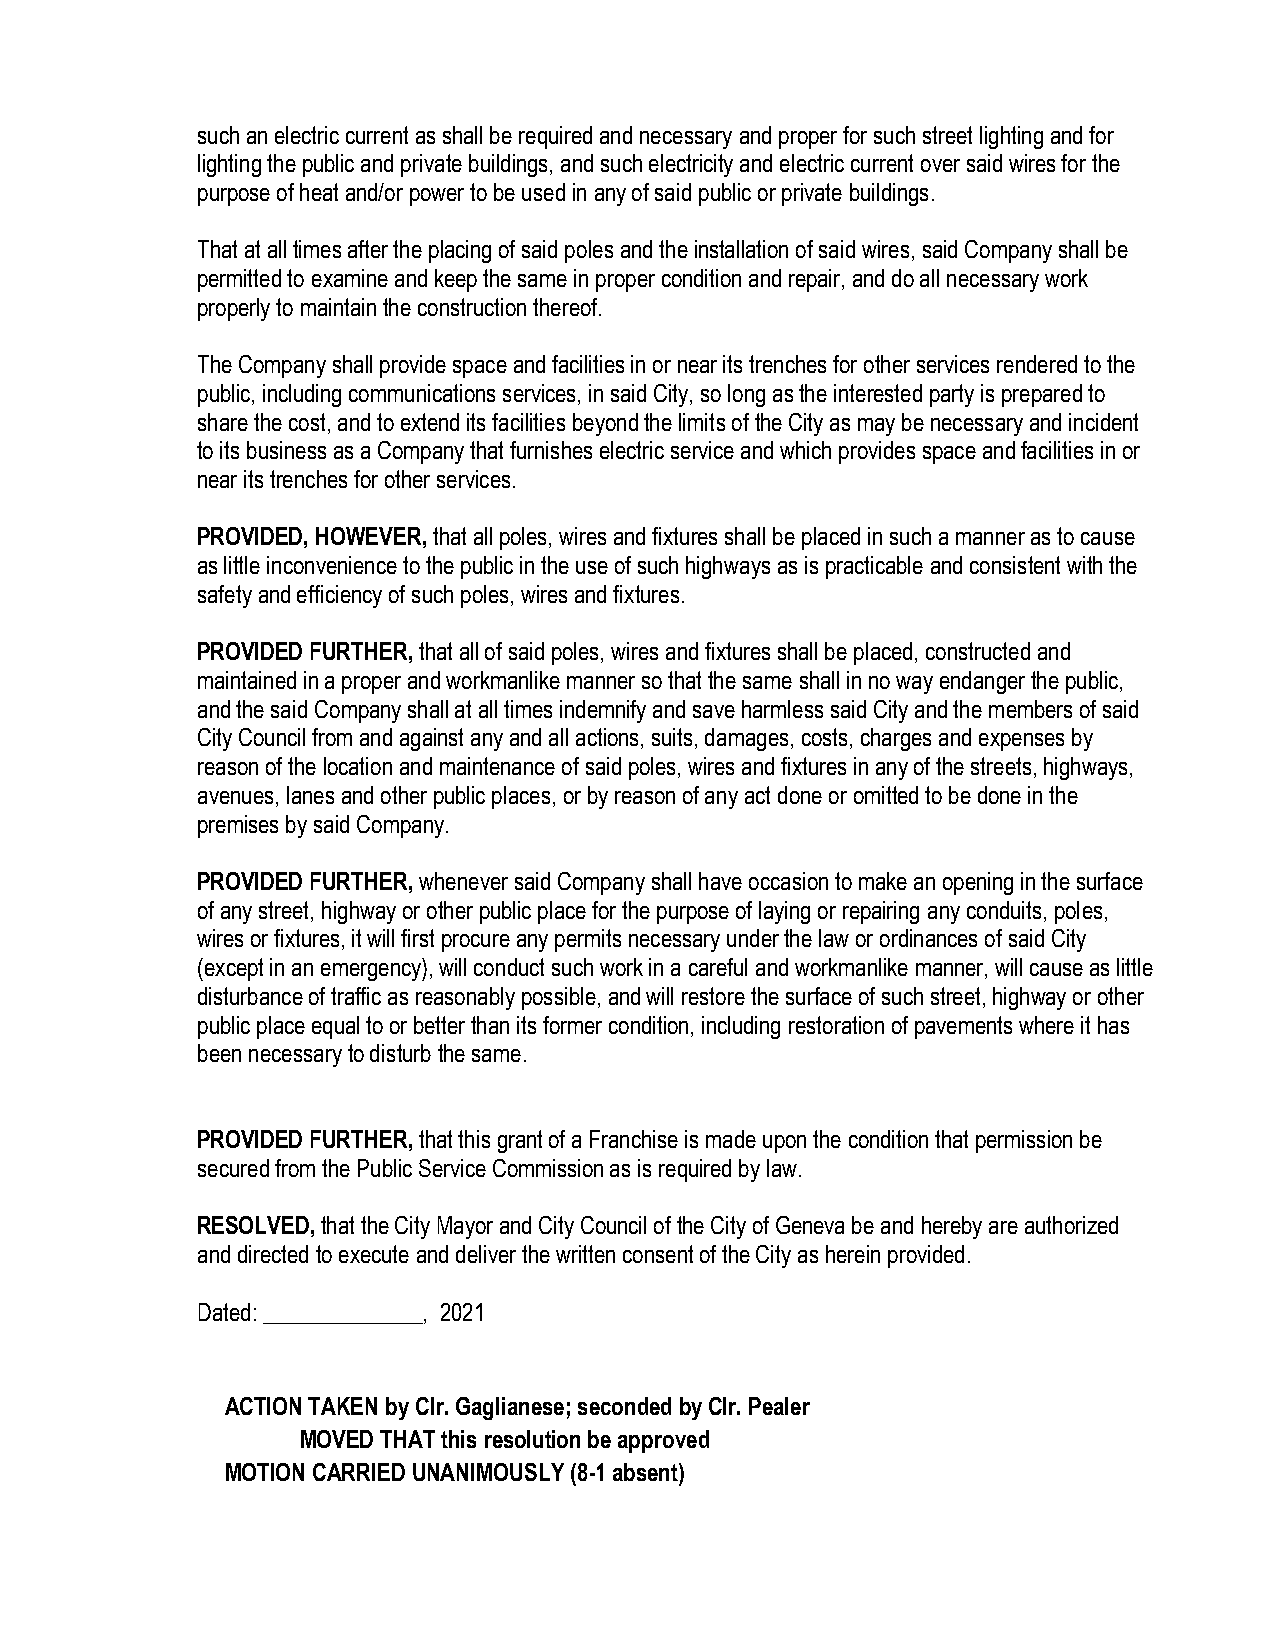
such an electric current as shall be required and necessary and proper for such street lighting and for
 lighting the public and private buildings, and such electricity and electric current over said wires for the
 purpose of heat and/or power to be used in any of said public or private buildings.
 That at all times after the placing of said poles and the installation of said wires, said Company shall be
 permitted to examine and keep the same in proper condition and repair, and do all necessary work
 properly to maintain the construction thereof.
 The Company shall provide space and facilities in or near its trenches for other services rendered to the
 public, including communications services, in said City, so long as the interested party is prepared to
 share the cost, and to extend its facilities beyond the limits of the City as may be necessary and incident
 to its business as a Company that furnishes electric service and which provides space and facilities in or
 near its trenches for other services.
 PROVIDED, HOWEVER, that all poles, wires and fixtures shall be placed in such a manner as to cause
 as little inconvenience to the public in the use of such highways as is practicable and consistent with the
 safety and efficiency of such poles, wires and fixtures.
 PROVIDED FURTHER, that all of said poles, wires and fixtures shall be placed, constructed and
 maintained in a proper and workmanlike manner so that the same shall in no way endanger the public,
 and the said Company shall at all times indemnify and save harmless said City and the members of said
 City Council from and against any and all actions, suits, damages, costs, charges and expenses by
 reason of the location and maintenance of said poles, wires and fixtures in any of the streets, highways,
 avenues, lanes and other public places, or by reason of any act done or omitted to be done in the
 premises by said Company.
 PROVIDED FURTHER, whenever said Company shall have occasion to make an opening in the surface
 of any street, highway or other public place for the purpose of laying or repairing any conduits, poles,
 wires or fixtures, it will first procure any permits necessary under the law or ordinances of said City
 (except in an emergency), will conduct such work in a careful and workmanlike manner, will cause as little
 disturbance of traffic as reasonably possible, and will restore the surface of such street, highway or other
 public place equal to or better than its former condition, including restoration of pavements where it has
 been necessary to disturb the same.
 PROVIDED FURTHER, that this grant of a Franchise is made upon the condition that permission be
 secured from the Public Service Commission as is required by law.
 RESOLVED, that the City Mayor and City Council of the City of Geneva be and hereby are authorized
 and directed to execute and deliver the written consent of the City as herein provided.
 Dated: ______________, 2021
 ACTION TAKEN by Clr. Gaglianese; seconded by Clr. Pealer
 MOVED THAT this resolution be approved
 MOTION CARRIED UNANIMOUSLY (8-1 absent)